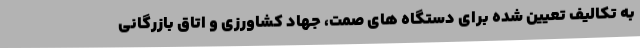
به تکالیف تعیین شده برای دستگاه های صمت، جهاد کشاورزی و اتاق بازرگانی